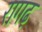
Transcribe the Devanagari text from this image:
रागढ़